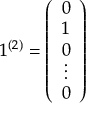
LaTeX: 1 ^ { ( 2 ) } = \left( \begin{array} { c } { { 0 } } \\ { { 1 } } \\ { { 0 } } \\ { { \vdots } } \\ { { 0 } } \end{array} \right)